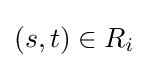
(s,t)\in R_{i}